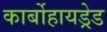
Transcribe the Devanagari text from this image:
कार्बोहायड्रेड